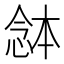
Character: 𭝯